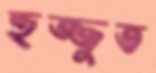
হুজ্জুত